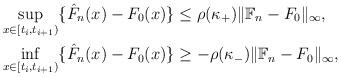
LaTeX: \begin{align*} \sup_{x \in [t_i,t_{i+1})} \{\hat{F}_n(x) - F_0(x)\} &\leq \rho(\kappa_+)\|\mathbb{F}_n - F_0\|_\infty , \\ \inf_{x \in [t_i,t_{i+1})} \{\hat{F}_n(x) - F_0(x)\} &\geq -\rho(\kappa_-)\|\mathbb{F}_n - F_0\|_\infty ,\end{align*}